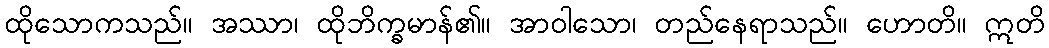
ထိုသောကသည်။ အဿာ၊ ထိုဘိက္ခမာန်၏။ အာဝါသော၊ တည်နေရာသည်။ ဟောတိ။ ဣတိ